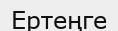
Ертеңге